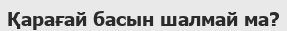
Қарағай басын шалмай ма?